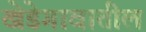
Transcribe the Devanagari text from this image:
खेडेगावातील